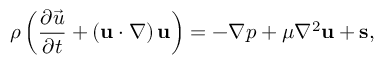
\rho \left( \frac { \partial \vec { u } } { \partial { t } } + \left( \mathbf { { u } } \cdot \nabla \right) \mathbf { { u } } \right) = - \nabla p + \mu \nabla ^ { 2 } \mathbf { { u } } + \mathbf { { s } } ,